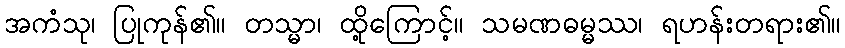
အကံသု၊ ပြုကုန်၏။ တသ္မာ၊ ထို့ကြောင့်။ သမဏဓမ္မဿ၊ ရဟန်းတရား၏။